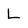
Character: L